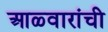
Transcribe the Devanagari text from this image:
आळ्वारांची